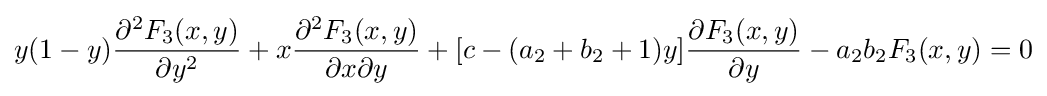
y(1-y){\frac {\partial ^{2}F_{3}(x,y)}{\partial y^{2}}}+x{\frac {\partial ^{2}F_{3}(x,y)}{\partial x\partial y}}+[c-(a_{2}+b_{2}+1)y]{\frac {\partial F_{3}(x,y)}{\partial y}}-a_{2}b_{2}F_{3}(x,y)=0